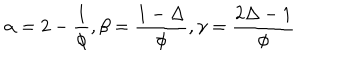
\alpha = 2 - { \frac { 1 } { \phi } } , \beta = { \frac { 1 - \Delta } { \phi } } , \gamma = { \frac { 2 \Delta - 1 } { \phi } }